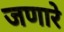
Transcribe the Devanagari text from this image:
जणारे